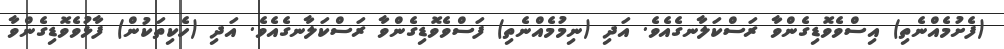
(ފެށުމެއްނެތި) އިސްވެވޮޑިގެންވާ ރަސްކަލާނގެއެވެ. އަދި (ނިމުމެއްނެތި) ފަސްވެވޮޑިގެންވާ ރަސްކަލާނގެއެވެ. އަދި (ހެކިތަކުން) ފާޅުވެވޮޑިގެންވާ